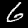
Digit: 6